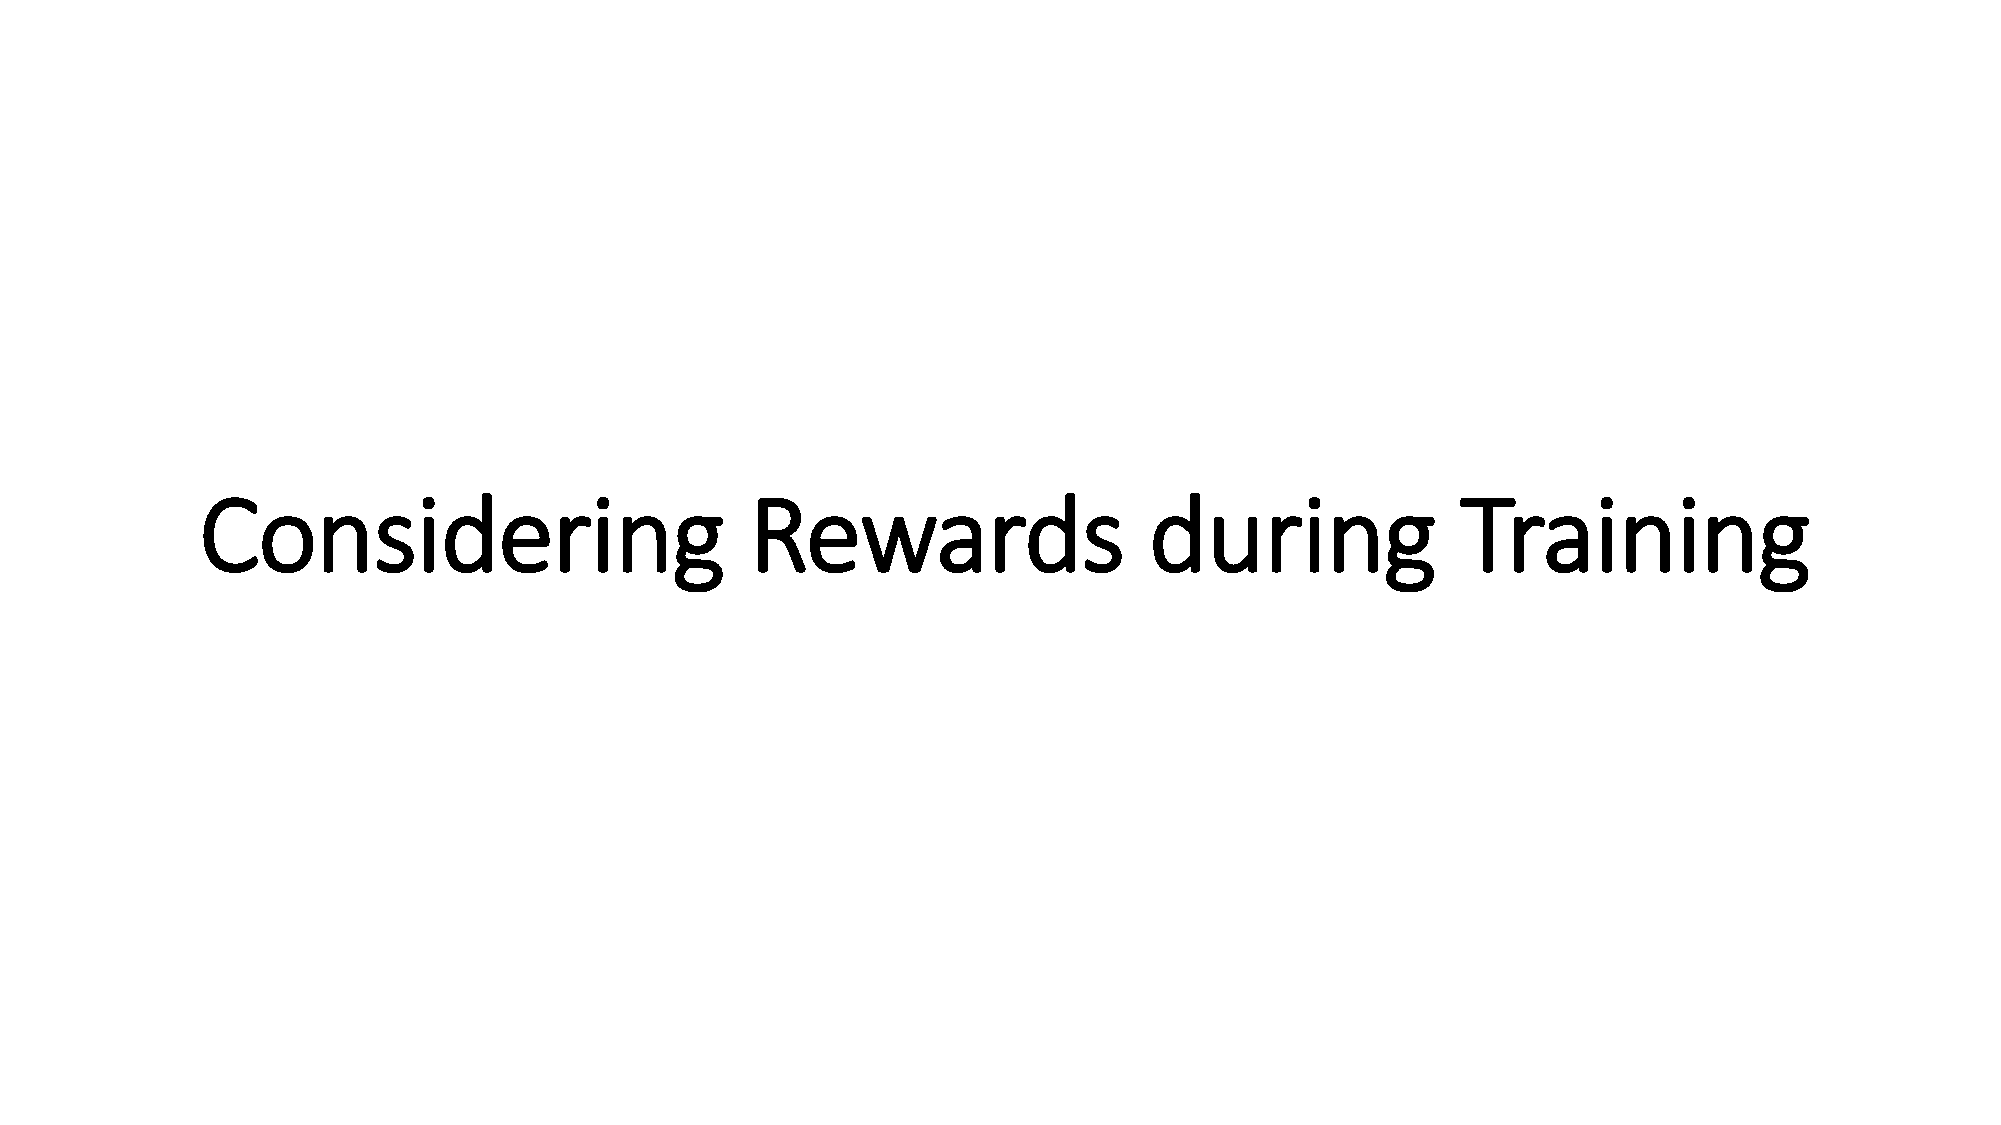
Considering                          Rewards                   during               Training